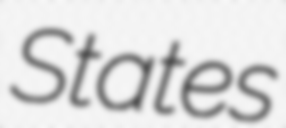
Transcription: States